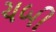
ચબી